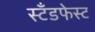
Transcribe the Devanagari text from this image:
स्टँडफेस्ट